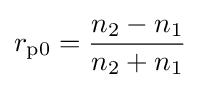
r_{\text{p0}}={\frac {n_{2}-n_{1}}{n_{2}+n_{1}}}